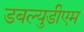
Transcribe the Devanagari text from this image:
डबल्युडीएम